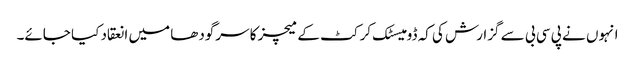
انہوں نے پی سی بی سے گزارش کی کہ ڈومیسٹک کرکٹ کے میچز کا سرگودھا میں انعقاد کیا جائے۔